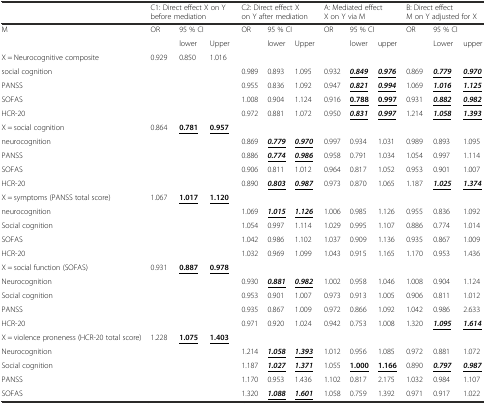
<table><thead><tr><td></td><td colspan="3"><b>C1: Direct effect X on Y before mediation</b></td><td colspan="3"><b>C2: Direct effect X on Y after mediation</b></td><td colspan="3"><b>A: Mediated effect X on Y via M</b></td><td colspan="3"><b>B: Direct effect M on Y adjusted for X</b></td></tr></thead><tbody><tr><td rowspan="2">M</td><td>OR</td><td colspan="2">95 % CI</td><td rowspan="2">OR</td><td colspan="2">95 % CI</td><td rowspan="2">OR</td><td colspan="2">95 % CI</td><td rowspan="2">OR</td><td colspan="2">95 % CI</td></tr><tr><td></td><td>lower</td><td>Upper</td><td>lower</td><td>Upper</td><td>lower</td><td>upper</td><td>Lower</td><td>upper</td></tr><tr><td>X = Neurocognitive composite</td><td>0.929</td><td>0.850</td><td>1.016</td><td></td><td></td><td></td><td></td><td></td><td></td><td></td><td></td><td></td></tr><tr><td>social cognition</td><td></td><td></td><td></td><td>0.989</td><td>0.893</td><td>1.095</td><td>0.932</td><td><b><i><underline>0.849</underline></i></b></td><td><b><i><underline>0.976</underline></i></b></td><td>0.869</td><td><b><i><underline>0.779</underline></i></b></td><td><b><i><underline>0.970</underline></i></b></td></tr><tr><td>PANSS</td><td></td><td></td><td></td><td>0.955</td><td>0.836</td><td>1.092</td><td>0.947</td><td><b><i><underline>0.821</underline></i></b></td><td><b><i><underline>0.994</underline></i></b></td><td>1.069</td><td><b><i><underline>1.016</underline></i></b></td><td><b><i><underline>1.125</underline></i></b></td></tr><tr><td>SOFAS</td><td></td><td></td><td></td><td>1.008</td><td>0.904</td><td>1.124</td><td>0.916</td><td><b><underline>0.788</underline></b></td><td><b><underline>0.997</underline></b></td><td>0.931</td><td><b><i><underline>0.882</underline></i></b></td><td><b><i><underline>0.982</underline></i></b></td></tr><tr><td>HCR-20</td><td></td><td></td><td></td><td>0.972</td><td>0.881</td><td>1.072</td><td>0.950</td><td><b><i><underline>0.831</underline></i></b></td><td><b><i><underline>0.997</underline></i></b></td><td>1.214</td><td><b><i><underline>1.058</underline></i></b></td><td><b><i><underline>1.393</underline></i></b></td></tr><tr><td>X = social cognition</td><td>0.864</td><td><b><underline>0.781</underline></b></td><td><b><underline>0.957</underline></b></td><td></td><td></td><td></td><td></td><td></td><td></td><td></td><td></td><td></td></tr><tr><td>neurocognition</td><td></td><td></td><td></td><td>0.869</td><td><b><i><underline>0.779</underline></i></b></td><td><b><i><underline>0.970</underline></i></b></td><td>0.997</td><td>0.934</td><td>1.031</td><td>0.989</td><td>0.893</td><td>1.095</td></tr><tr><td>PANSS</td><td></td><td></td><td></td><td>0.886</td><td><b><i><underline>0.774</underline></i></b></td><td><b><i><underline>0.986</underline></i></b></td><td>0.958</td><td>0.791</td><td>1.034</td><td>1.054</td><td>0.997</td><td>1.114</td></tr><tr><td>SOFAS</td><td></td><td></td><td></td><td>0.906</td><td>0.811</td><td>1.012</td><td>0.964</td><td>0.817</td><td>1.052</td><td>0.953</td><td>0.901</td><td>1.007</td></tr><tr><td>HCR-20</td><td></td><td></td><td></td><td>0.890</td><td><b><i><underline>0.803</underline></i></b></td><td><b><i><underline>0.987</underline></i></b></td><td>0.973</td><td>0.870</td><td>1.065</td><td>1.187</td><td><b><i><underline>1.025</underline></i></b></td><td><b><i><underline>1.374</underline></i></b></td></tr><tr><td>X = symptoms (PANSS total score)</td><td>1.067</td><td><b><underline>1.017</underline></b></td><td><b><underline>1.120</underline></b></td><td></td><td></td><td></td><td></td><td></td><td></td><td></td><td></td><td></td></tr><tr><td>neurocognition</td><td></td><td></td><td></td><td>1.069</td><td><b><i><underline>1.015</underline></i></b></td><td><b><i><underline>1.126</underline></i></b></td><td>1.006</td><td>0.985</td><td>1.126</td><td>0.955</td><td>0.836</td><td>1.092</td></tr><tr><td>Social cognition</td><td></td><td></td><td></td><td>1.054</td><td>0.997</td><td>1.114</td><td>1.029</td><td>0.995</td><td>1.107</td><td>0.886</td><td>0.774</td><td>1.014</td></tr><tr><td>SOFAS</td><td></td><td></td><td></td><td>1.042</td><td>0.986</td><td>1.102</td><td>1.037</td><td>0.909</td><td>1.136</td><td>0.935</td><td>0.867</td><td>1.009</td></tr><tr><td>HCR-20</td><td></td><td></td><td></td><td>1.032</td><td>0.969</td><td>1.099</td><td>1.043</td><td>0.915</td><td>1.165</td><td>1.170</td><td>0.953</td><td>1.436</td></tr><tr><td>X = social function (SOFAS)</td><td>0.931</td><td><b><underline>0.887</underline></b></td><td><b><underline>0.978</underline></b></td><td></td><td></td><td></td><td></td><td></td><td></td><td></td><td></td><td></td></tr><tr><td>Neurocognition</td><td></td><td></td><td></td><td>0.930</td><td><b><i><underline>0.881</underline></i></b></td><td><b><i><underline>0.982</underline></i></b></td><td>1.002</td><td>0.958</td><td>1.046</td><td>1.008</td><td>0.904</td><td>1.124</td></tr><tr><td>Social cognition</td><td></td><td></td><td></td><td>0.953</td><td>0.901</td><td>1.007</td><td>0.973</td><td>0.913</td><td>1.005</td><td>0.906</td><td>0.811</td><td>1.012</td></tr><tr><td>PANSS</td><td></td><td></td><td></td><td>0.935</td><td>0.867</td><td>1.009</td><td>0.972</td><td>0.866</td><td>1.092</td><td>1.042</td><td>0.986</td><td>2.633</td></tr><tr><td>HCR-20</td><td></td><td></td><td></td><td>0.971</td><td>0.920</td><td>1.024</td><td>0.942</td><td>0.753</td><td>1.008</td><td>1.320</td><td><b><i><underline>1.095</underline></i></b></td><td><b><i><underline>1.614</underline></i></b></td></tr><tr><td>X = violence proneness (HCR-20 total score)</td><td>1.228</td><td><b><underline>1.075</underline></b></td><td><b><underline>1.403</underline></b></td><td></td><td></td><td></td><td></td><td></td><td></td><td></td><td></td><td></td></tr><tr><td>Neurocognition</td><td></td><td></td><td></td><td>1.214</td><td><b><i><underline>1.058</underline></i></b></td><td><b><i><underline>1.393</underline></i></b></td><td>1.012</td><td>0.956</td><td>1.085</td><td>0.972</td><td>0.881</td><td>1.072</td></tr><tr><td>Social cognition</td><td></td><td></td><td></td><td>1.187</td><td><b><i><underline>1.027</underline></i></b></td><td><b><i><underline>1.371</underline></i></b></td><td>1.055</td><td><b><underline>1.000</underline></b></td><td><b><underline>1.166</underline></b></td><td>0.890</td><td><b><i><underline>0.797</underline></i></b></td><td><b><i><underline>0.987</underline></i></b></td></tr><tr><td>PANSS</td><td></td><td></td><td></td><td>1.170</td><td>0.953</td><td>1.436</td><td>1.102</td><td>0.817</td><td>2.175</td><td>1.032</td><td>0.984</td><td>1.107</td></tr><tr><td>SOFAS</td><td></td><td></td><td></td><td>1.320</td><td><b><i><underline>1.088</underline></i></b></td><td><b><i><underline>1.601</underline></i></b></td><td>1.058</td><td>0.759</td><td>1.392</td><td>0.971</td><td>0.917</td><td>1.022</td></tr></tbody></table>